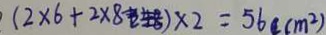
( 2 \times 6 + 2 \times 8 ) \times 2 = 5 6 ( c m ^ { 2 } )